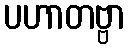
ပဟာတဗ္ဗာ